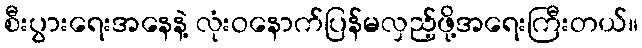
စီးပွားရေးအနေနဲ့ လုံးဝနောက်ပြန်မလှည့်ဖို့အရေးကြီးတယ်။